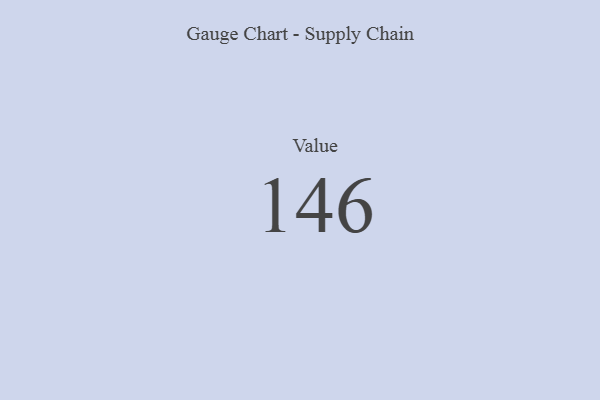
{"axis": {"x": "Metric", "y": "Value"}, "legend": [""], "data": [{"x": "Value", "y": 146, "type": ""}]}